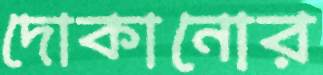
দোকানোর